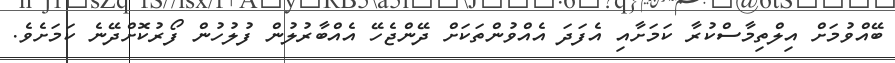
ބޭއްވުމަށް އިލްތިމާސްކުރާ ކަމަށާއި އެފަދަ އެއްވުންތަަކަށް ދޭންޖެހޭ އެއްބާރުލުން ފުލުހުން ފޯރުކޮށްދޭނެ ކަމަށެވެ.